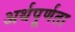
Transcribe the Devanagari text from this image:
अर्थपूर्णता